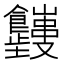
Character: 𬲤